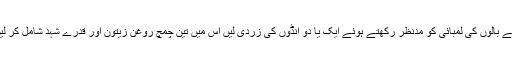
اپنے بالوں کی لمبائی کو مدنظر رکھتے ہوئے ایک یا دو انڈوں کی زردی لیں اس میں تین چمچ روغن زیتون اور قدرے شہد شامل کر لیں۔